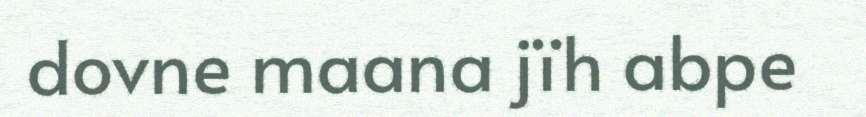
dovne maana jïh abpe